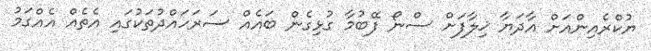
ޔުކްރެއިންއަށް އާދަޔާ ޚިލާފަށް ސްނޯ ފޭބުމާ ގުޅިގެން ބައެއް ސަރަހައްދުތަކުގައި އެތެއް އެއްގަމު